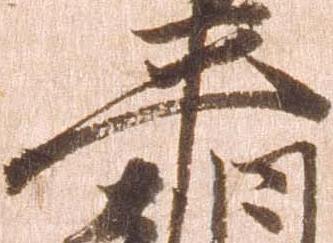
平